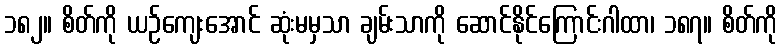
၁၈၂။ စိတ်ကို ယဉ်ကျေးအောင် ဆုံးမမှသာ ချမ်းသာကို ဆောင်နိုင်ကြောင်းဂါထာ၊ ၁၈၇။ စိတ်ကို